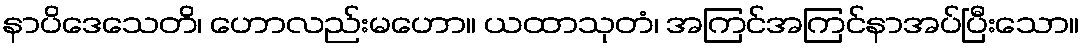
နာပိဒေသေတိ၊ ဟောလည်းမဟော။ ယထာသုတံ၊ အကြင်အကြင်နာအပ်ပြီးသော။